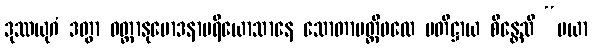
ဒုဿယုဂံ ဒတွာ ဝတ္ထာနုမောဒနာပရိယောသာနေ သောတာပတ္တိဖလေ ပတိဋ္ဌာယ စိန္တေသိ “မယာ